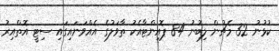
ކުޅުނު 32 މެޗުން ލިބުނު 84 ޕޮއިންޓާއެކު ތާވަލުގެ އެއްވަނައިގައި ސިޓީ އޮތްއިރު